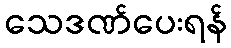
သေဒဏ်ပေးရန်